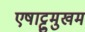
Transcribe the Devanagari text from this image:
एषाट्टुमुखम